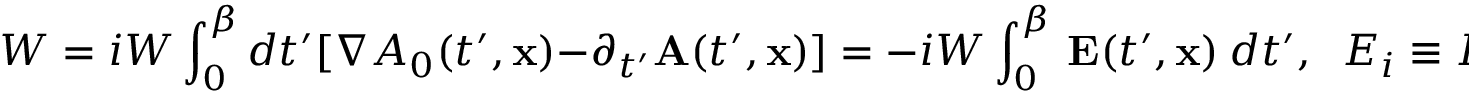
{ \bf \nabla } W = i W \int _ { 0 } ^ { \beta } d t ^ { \prime } [ \nabla A _ { 0 } ( t ^ { \prime } , { \bf x } ) - \partial _ { t ^ { \prime } } { \bf A } ( t ^ { \prime } , { \bf x } ) ] = - i W \int _ { 0 } ^ { \beta } ~ { \bf E } ( t ^ { \prime } , { \bf x } ) ~ d t ^ { \prime } , \; \; E _ { i } \equiv F _ { 0 i }